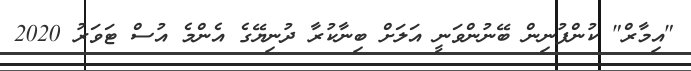
"އިމާރް" ކުންފުނިން ބޭނުންވަނީ އަލަށް ބިނާކުރާ ދުނިޔޭގެ އެންމެ އުސް ޓަވަރު 2020